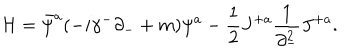
{ \cal H } = \bar { \psi } ^ { a } ( - i \gamma ^ { - } \partial _ { - } + m ) \psi ^ { a } - { \frac { 1 } { 2 } } J ^ { + a } { \frac { 1 } { \partial _ { - } ^ { 2 } } } J ^ { + a } .